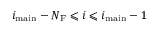
i _ { \mathrm { m a i n } } - N _ { \mathrm { F } } \leqslant i \leqslant i _ { \mathrm { m a i n } } - 1